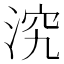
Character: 𣵇